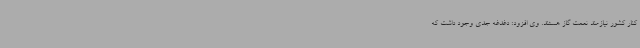
کنار کشور نیازمند نعمت گاز هستند. وی افزود: دغدغه جدی وجود داشت که